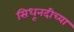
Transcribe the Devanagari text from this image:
सिधूनदीच्या